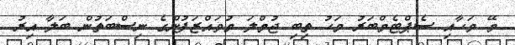
މޭ މަހާއި ސެޕްޓެމްބަރު މަހު ތިބި ޖުމްލަ މުވައްޒަފުންގެ ނިސްބަތުން ބަލާ އިރު